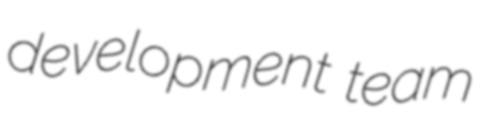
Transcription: development team